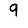
Digit: 9